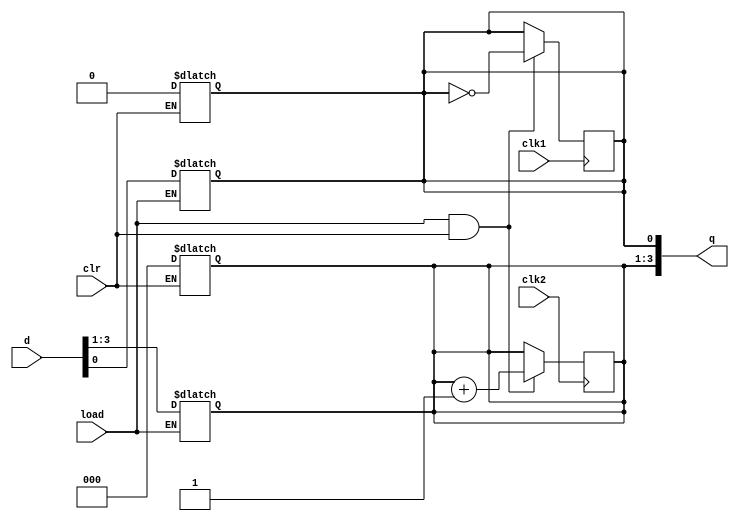
module sn74ls197(q, d, clr, clk1, clk2, load);
input [3:0] d;
input clr, clk1, clk2, load;
output [3:0] q;
reg [2:0] bcd;
reg a;
wire [3:0] inc;

parameter
	// TI TTL data book Vol 1, 1985
	tPLH1_min=0,  tPLH1_typ=8,  tPLH1_max=15, // clk1 -> qa
	tPHL1_min=0,  tPHL1_typ=14, tPHL1_max=21,
	tPLH2_min=0,  tPLH2_typ=55, tPLH2_max=78, // clk2 -> qb,qc,qd
	tPHL2_min=0,  tPHL2_typ=63, tPHL2_max=95;
	// load, clear delay ignored

initial
begin
	a <= 1'bx;
	bcd <= 3'bxxx;
end

always @(load)
begin
	if (load==0) begin
		a <= d[0];
		bcd <= d[3:1];
	end
end

always @(clr)
begin
	if (clr==0) begin
		a <= 0;
		bcd <= 0;
	end
end

assign inc = bcd+1;

always @(negedge clk1)
begin
	if (load==1 && clr==1)
		a <= ~a;
end

always @(negedge clk2)
begin
	if (load==1 && clr==1)
		bcd <= inc;
end

assign #(tPLH1_min:tPLH1_typ:tPLH1_max, tPHL1_min:tPHL1_typ:tPHL1_max)
	q[0] = a;
assign #(tPLH2_min:tPLH2_typ:tPLH2_max, tPHL2_min:tPHL2_typ:tPHL2_max)
	q[3:1] = bcd;

endmodule